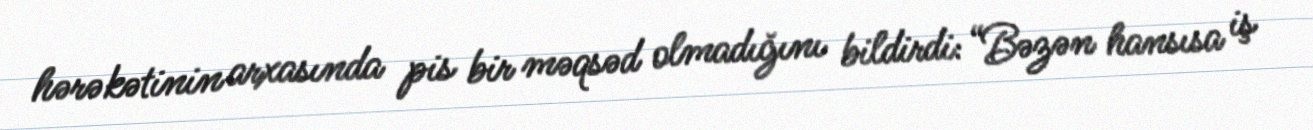
hərəkətinin arxasında pis bir məqsəd olmadığını bildirdi: “Bəzən hansısa iş